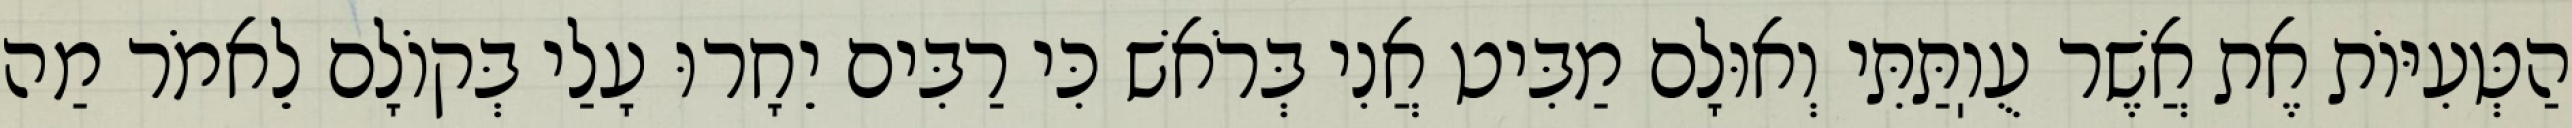
הַטְּעִיּוֹת אֶת אֲשֶׁר עֻוֽתַּתִּי וְאוּלָם מַבִּיט אֲנִי בְּרֹאשׁ כִּי רַבִּים יֵחָרוּ עָלַי בְּקוֹלָם לֵאמֹר מַה